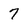
Character: 7